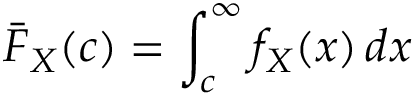
{ \bar { F } } _ { X } ( c ) = \int _ { c } ^ { \infty } f _ { X } ( x ) \, d x